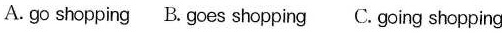
A. go shopping B.Goes shopping C. Going shopping